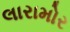
લારામોર